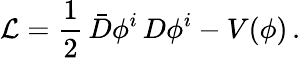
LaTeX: {\cal L}=\frac{1}{2}\, \bar{D}\phi^{i}\, D\phi^{i}-V(\phi)\, .